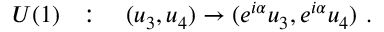
U ( 1 ) ~ ~ : \quad ( u _ { 3 } , u _ { 4 } ) \to ( e ^ { i \alpha } u _ { 3 } , e ^ { i \alpha } u _ { 4 } ) ~ .